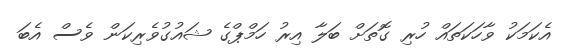
އެކަމަކު ވާހަކަތައް ހުރި ގޮތަށް ބަލާ އިރު ހަމްޕްގެ ޝައުގުވެރިކަން ވެސް އެބަ